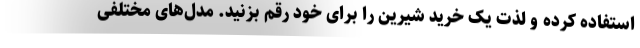
استفاده کرده و لذت یک خرید شیرین را برای خود رقم بزنید. مدل‌های مختلفی